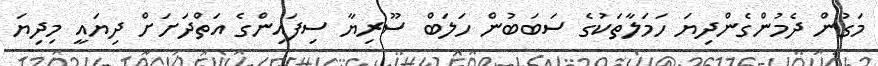
މަގުން ދެމުންގެންދިޔަ ހަމަލާތަކުގެ ސަބަބުން ހަލަބް ސޫރިޔާ ސިފައިންގެ އަތްދަށަށް ދިޔައީ މިދިޔަ